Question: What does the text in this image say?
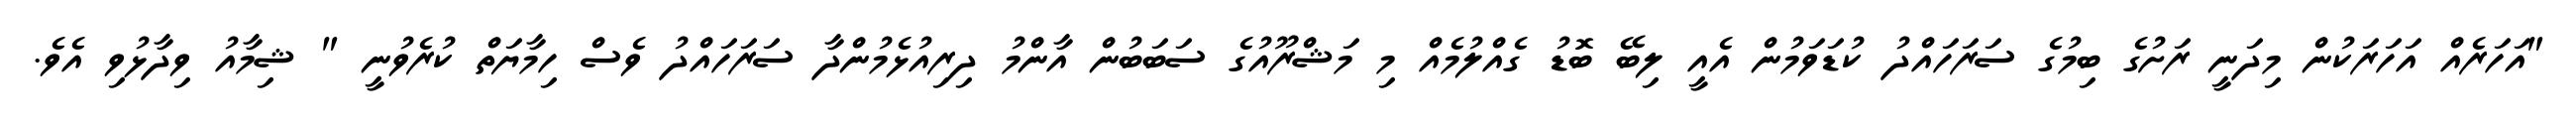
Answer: "އަހަރެއް އަހަރަކުން މިދަނީ ރަށުގެ ބިމުގެ ސަރަހައްދު ކުޑަވަމުން އެއީ ލިބޭ ބޮޑު ގެއްލުމެއް މި މަޝްރޫއުގެ ސަބަބުން އާންމު ދިރިއުޅެމުންދާ ސަރަހައްދު ވެސް ހިމާޔަތް ކުރެވުނީ " ޝިމާއު ވިދާޅުވި އެވެ.